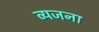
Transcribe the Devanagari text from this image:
व्यजना